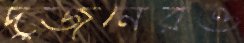
দুজনেরও